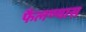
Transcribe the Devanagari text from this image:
फैलण्यास